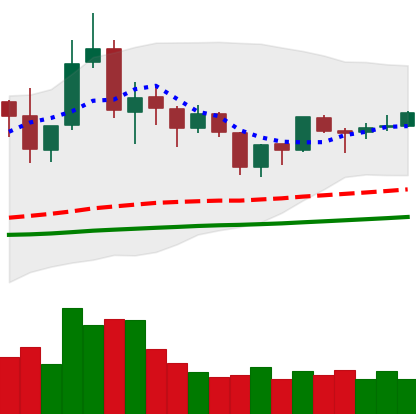
Ticker: TRX-USD
Chart end date: 2019-06-17
Forward return: 10.044%
Label: up_7plus